Vaccination in Bombay 1863-1868 - 1863-1868
Year: 1863
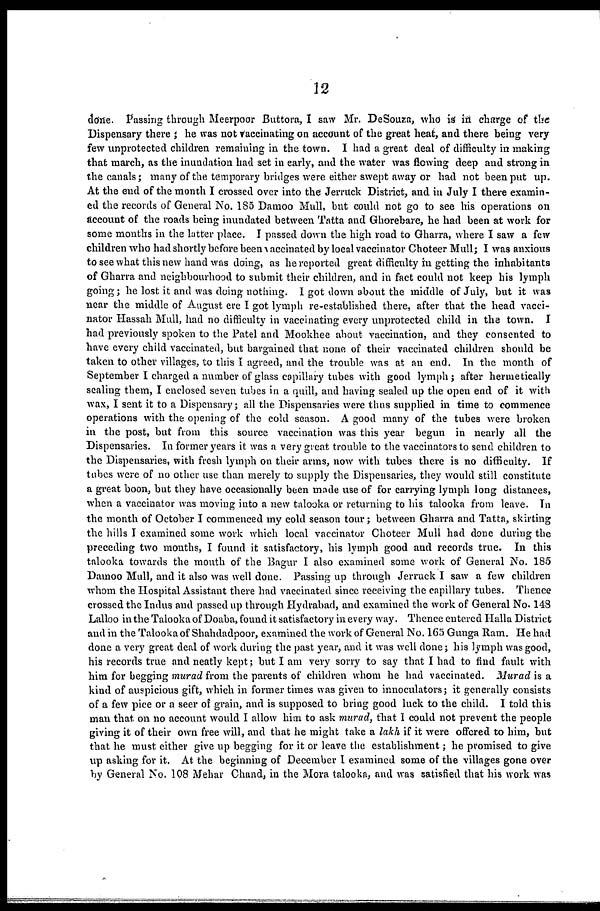
12
done. Passing through Meerpoor Buttora, I saw Mr. DeSouza, who is in charge of the
Dispensary there ; he was not Vaccinating on account of the great heat, and there being very
few unprotected children remaining in the town. I had a great deal of difficulty in making
that march, as the inundation had set in early, and the water was flowing deep and strong in
the canals ; many of the temporary bridges were either swept away or had not been put up.
At the end of the month I crossed over into the Jerruck District, and in July I there examin-
ed the records of General No. 185 Damoo Mull, but could not go to see his operations on
account of the roads being inundated between Tatta and Ghorebare, he had been at work for
some months in the latter place. I passed down the high road to Gharra, where I saw a few
children who had shortly before been vaccinated by local vaccinator Choteer Mull; I was anxious
to see what this new hand was doing, as he reported great difficulty in getting the inhabitants
of Gharra and neighbourhood to submit their children, and in fact could not keep his lymph
going; he lost it and was doing nothing. I got down about the middle of July, but it was
near the middle of August ere I got lymph re-established there, after that the head vacci-
nator Hassah Mull, had no difficulty in vaccinating every unprotected child in the town. I
had previously spoken to the Patel and Mookhee about vaccination, and they consented to
have every child vaccinated, but bargained that none of their vaccinated children should be
taken to other villages, to this I agreed, and the trouble was at an end. In the month of
September I charged a number of glass capillary tubes with good lymph; after hermetically
sealing them, I enclosed seven tubes in a quill, and having sealed up the open end of it with
wax, I sent it to a Dispensary; all the Dispensaries were thus supplied in time to commence
operations with the opening of the cold season. A good many of the tubes were broken
in the post, but from this source vaccination was this year begun in nearly all the
Dispensaries. In former years it was a very great trouble to the vaccinators to send children to
the Dispensaries, with fresh lymph on their arms, now with tubes there is no difficulty. If
tubes were of no other use than merely to supply the Dispensaries, they would still constitute
a great boon, but they have occasionally been made use of for carrying lymph long distances,
when a vaccinator was moving into a new talooka or returning to his talooka from leave. In
the month of October I commenced my cold season tour; between Gharra and Tatta, skirting
the hills I examined some work which local vaccinator Choteer Mull had done during the
preceding two months, I found it satisfactory, his lymph good and records true. In this
talooka towards the mouth of the Bagur I also examined some work of General No. 185
Damoo Mull, and it also was well done. Passing up through Jerruck I saw a few children
whom the Hospital Assistant there had vaccinated since receiving the capillary tubes. Thence
crossed the Indus and passed up through Hydrabad, and examined the work of General No. 148
Lalloo in the Talooka of Doaba, found it satisfactory in every way. Thence entered Halla District
and in the Talooka of Shahdadpoor, examined the work of General No. 165 Gunga Ram. He had
done a very great deal of work during the past year, and it was well done; his lymph was good,
his records true and neatly kept; but I am very sorry to say that I had to find fault with
him for begging murad from the parents of children whom he had vaccinated. Murad is a
kind of auspicious gift, which in former times was given to innoculators; it generally consists
of a few pice or a seer of grain, and is supposed to bring good luck to the child. I told this
man that on no account would I allow him to ask murad, that I could not prevent the people
giving it of their own free will, and that he might take a lakh if it were offered to him, but
that he must either give up begging for it or leave the establishment; he promised to give
up asking for it. At the beginning of December I examined some of the villages gone over
by General No. 108 Mehar Chand, in the Mora talooka, and was satisfied that his work was